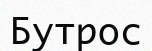
Бутрос